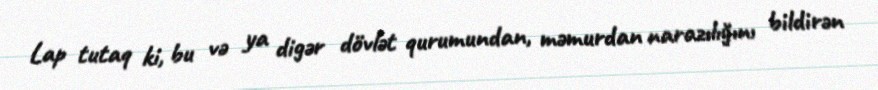
Lap tutaq ki, bu və ya digər dövlət qurumundan, məmurdan narazılığını bildirən